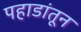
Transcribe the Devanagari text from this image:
पहाडांतून